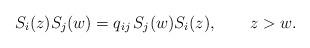
LaTeX: \begin{align*} S_i(z) S_j(w) = q_{ij}\,S_j(w) S_i(z),\qquad z > w.\end{align*}